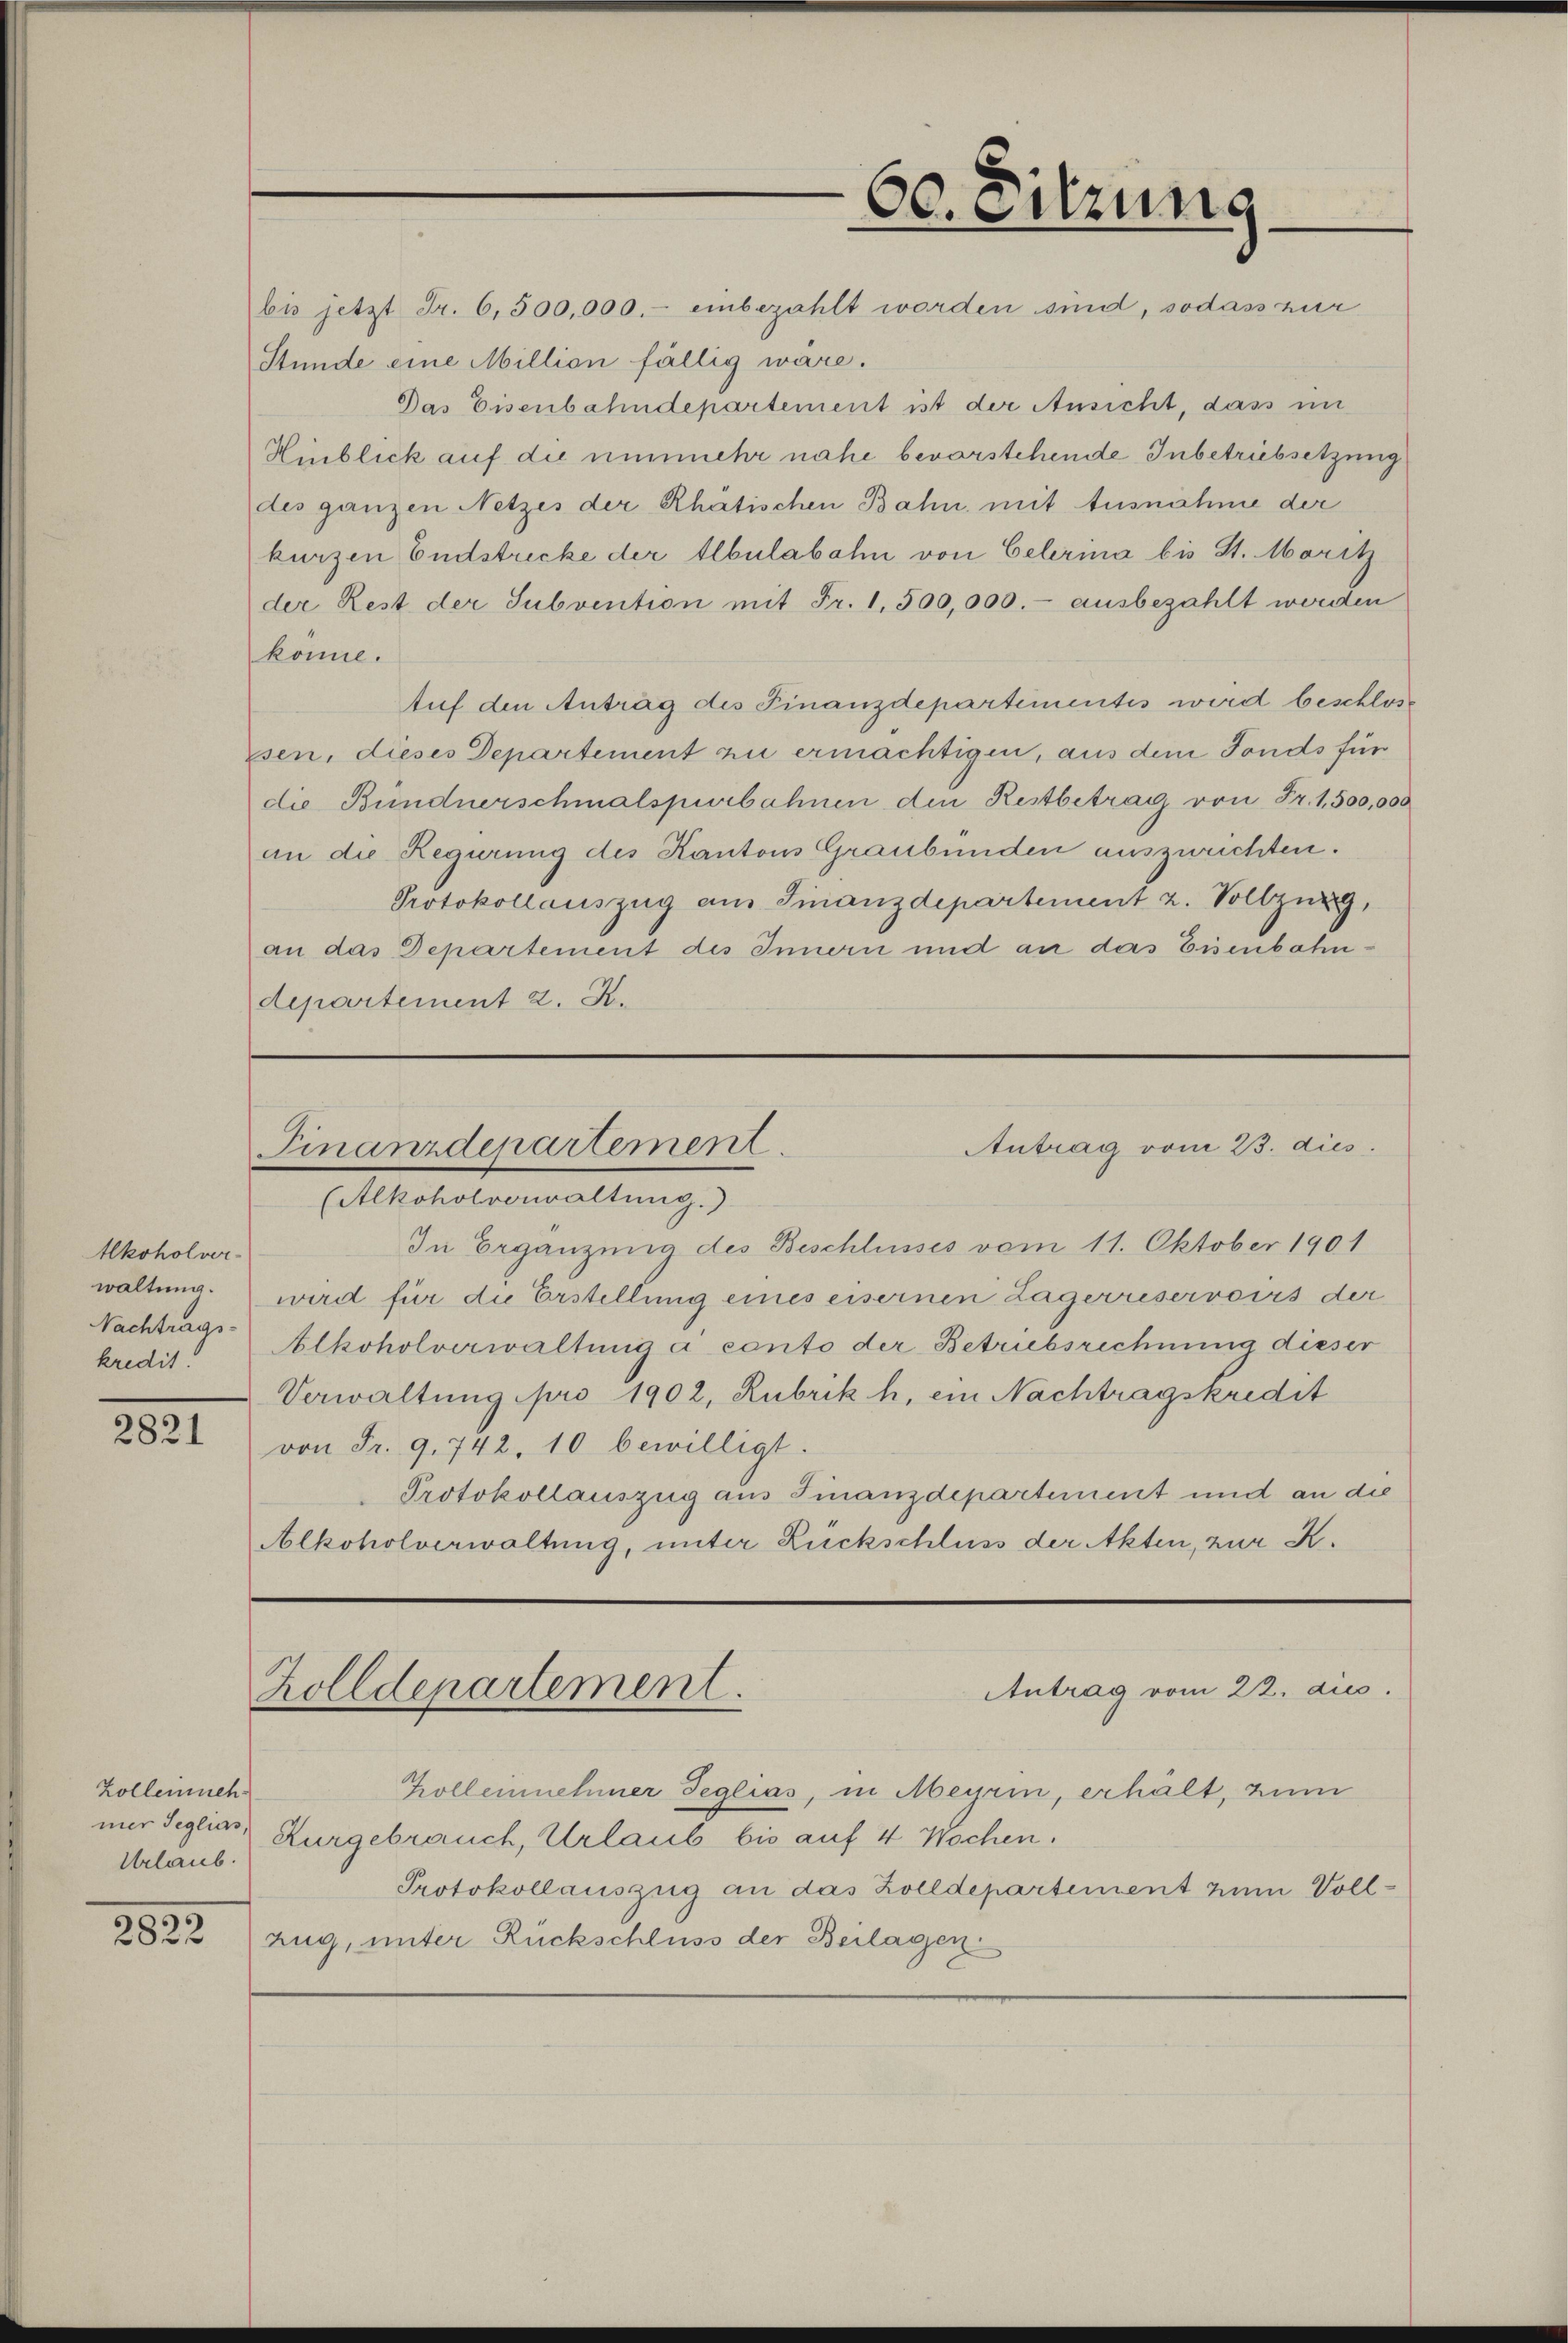
60. Sitzung

bis jetzt Fr. 6,500,000.- einbezahlt worden sind, sodass zur
Stunde eine Million fällig wäre.
Das Eisenbahndepartement ist der Ansicht, dass in
Hinblick auf die nunmehr nahe bevorstehende Inbetriebsetzung
des ganzen Netzes der Rhätischen Bahn mit Ausnahme der
kurzen Endstricke der Albulabahn von Celerina bis St. Moritz
der Rest der Subvention mit Fr. 1,500,000.- ausbezahlt worden
könne.
Auf den Antrag des Finanzdepartimentes wird beschlose
sen, dieses Departement zu ermächtigen, aus dem Fonds für
die Bündnerschmalspurbahnen den Restbetrag von Fr. 1,500,000
an die Regirung des Kantons Graubünden auszurichten.
Protokollauszug am Finanzdepartement 2. Vollzurg,
an das Departement des Innern und an das Eisenbahndepartement 2. X.

Antrag vom 23. dies
Finanzdepartement.

(Alkoholverwaltung.)
In Ergänzung des Beschlusses vom 11. Oktober 1901
wird für die Erstellung eines eisernen Lagevriservoirs der
Alkoholverwaltung a conto der Betriebsrechnung dieser
Verwaltung pro 1902, Rubrik h. ein Nachtragskredit
von Fr. 9.742, 10 bewilligt.
Protokollauszug aus Finanzdepartement und an die
Alkoholverwaltung, unter Rückschluss der Akten, zur K.

Alkoholver-
waltung.
Nachtrags-
kredit.

2821

Zolldepartement.

Antrag vom 22. ds.

Kolleinehmer Seglias, in Meyrin, erhält, zum
mer Seglias Kurgebrauch, Urlaub bis auf 4 Wochen.
Protokollauszug an das Zolldepartement zum Voll¬
Zug, unter Rückschluss der Beilagen.

Zollenneh
Urlaub.

2822